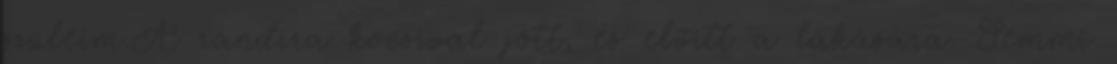
szüleim.A randira kocsival jött, és elvitt a lakására. Semmi